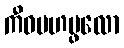
ကီဝမဟပ္ဖလော